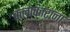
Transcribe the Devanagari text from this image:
कलाकाराना